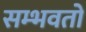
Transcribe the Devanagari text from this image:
सम्भवतो